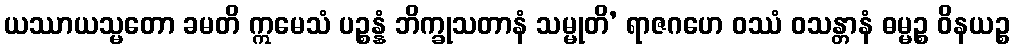
ယဿာယသ္မတော ခမတိ ဣမေသံ ပဉ္စန္နံ ဘိက္ခုသတာနံ သမ္မုတိ’ ရာဇဂဟေ ဝဿံ ဝသန္တာနံ ဓမ္မဉ္စ ဝိနယဉ္စ